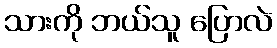
သားကို ဘယ်သူ ပြောလဲ